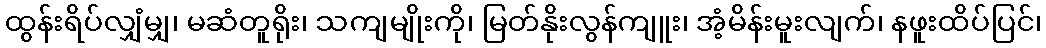
ထွန်းရိပ်လျှံမျှ၊ မဆံတူရိုး၊ သကျမျိုးကို၊ မြတ်နိုးလွန်ကျူး၊ အံ့မိန်းမူးလျက်၊ နဖူးထိပ်ပြင်၊